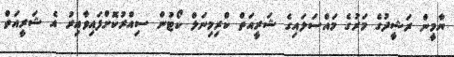
ޔާމީން ރަޝީދުގެ މަރުގެ މައްސަލައިގެ ޝަރީއަތް ކްރިމިނަލް ކޯޓުން ސިއްރުކޮށްފައިވާއިރު އެ ޝަރީއަތް